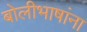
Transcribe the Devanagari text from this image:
बोलीभाषांना